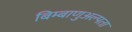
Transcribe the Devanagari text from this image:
बिम्बाणुअल्पता